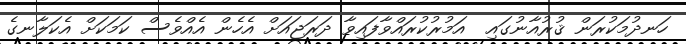
ހަނދުމަކުރަން ޤުރުއާނުގައި  އަމުރުކުރައްވާފައިވާ ދަރަޖައަށް އެހެން އެއްވެސް ކަމަކަށް އެކަލާނގެ